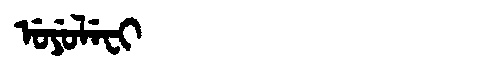
Manchu: ᡠᠶᡠᠯᡝᠸᡳ
Romanization: UYULEFI